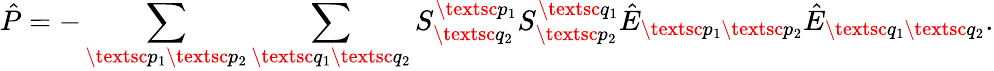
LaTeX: \hat{P}=-\sum_{\textsc{p}_{1}\textsc{p}_{2}}\sum_{\textsc{q}_{1}\textsc{q}_{2}}S_{\textsc{q}_{2}}^{\textsc{p}_{1}}S_{\textsc{p}_{2}}^{\textsc{q}_{1}}\hat{E}_{\textsc{p}_{1}\textsc{p}_{2}}\hat{E}_{\textsc{q}_{1}\textsc{q}_{2}}.